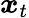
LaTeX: \boldsymbol{x}_{t}